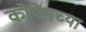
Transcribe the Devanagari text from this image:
कोपेनच्या